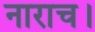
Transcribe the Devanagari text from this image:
नाराच।